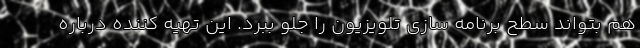
هم بتواند سطح برنامه سازی تلویزیون را جلو ببرد. این تهیه کننده درباره